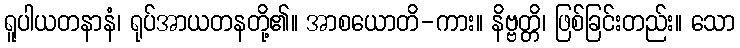
ရူပါယတနာနံ၊ ရုပ်အာယတနတို့၏။ အာစယောတိ-ကား။ နိဗ္ဗတ္တိ၊ ဖြစ်ခြင်းတည်း။ သော